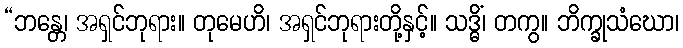
“ဘန္တေ၊ အရှင်ဘုရား။ တုမေဟိ၊ အရှင်ဘုရားတို့နှင့်။ သဒ္ဓိံ၊ တကွ။ ဘိက္ခုသံဃော၊